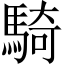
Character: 騎